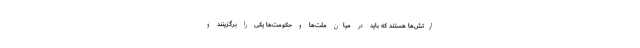
ارتش‌ها هستند که باید در میان ملت‌ها و حکومت‌ها یکی را برگزینند و